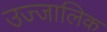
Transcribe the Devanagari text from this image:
उज्जालिक